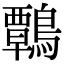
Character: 鷣